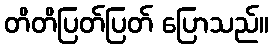
တိတိပြတ်ပြတ် ပြောသည်။